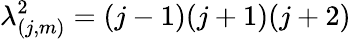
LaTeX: \lambda_{(j,m)}^{2}=(j-1)(j+1)(j+2)